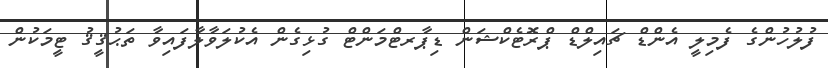
ފުލުހުންގެ ފެމިލީ އެންޑް ޗައިލްޑް ޕްރޮޓެކްޝަން ޑިޕާރޓްމަންޓް ގުޅިގެން އެކުލަވާލާފައިވާ ތަޙުޤީޤު ޓީމަކުން